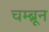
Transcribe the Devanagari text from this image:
चम्ब्रून